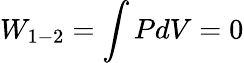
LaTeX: W_{1-2}=\int PdV=0